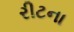
રીટના